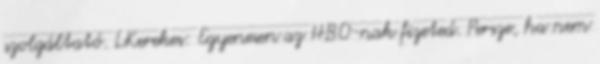
szolgáltató. LKerekes: Egyenesen az HBO-nak fizeted. Persze, ha nem